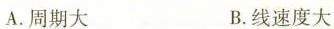
A.周期大 B.线速度大